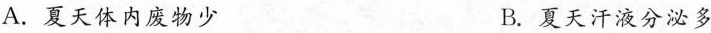
A.夏天体内废物少 B夏天 汗液分泌多